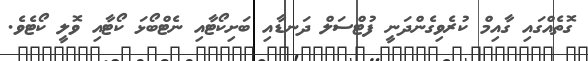
ގޮތެއްގައި ގާއިމް ކުރެވިގެންދަނީ ފުޓްސަލް ދަނޑާއި ބަށިކޯޓާއި ނެޓްބޯޅަ ކޯޓާއި ވޮލީ ކޯޓެވެ.